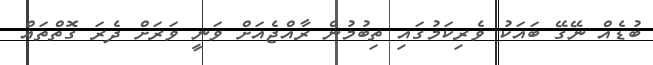
ބުޑެއް ނޭގޭ ބައަކު ވެރިކަމުގައި ތިބުމުން ރާއްޖެއަށް ވަނީ ވަރަށް ދެރަ ގޮތްތައް